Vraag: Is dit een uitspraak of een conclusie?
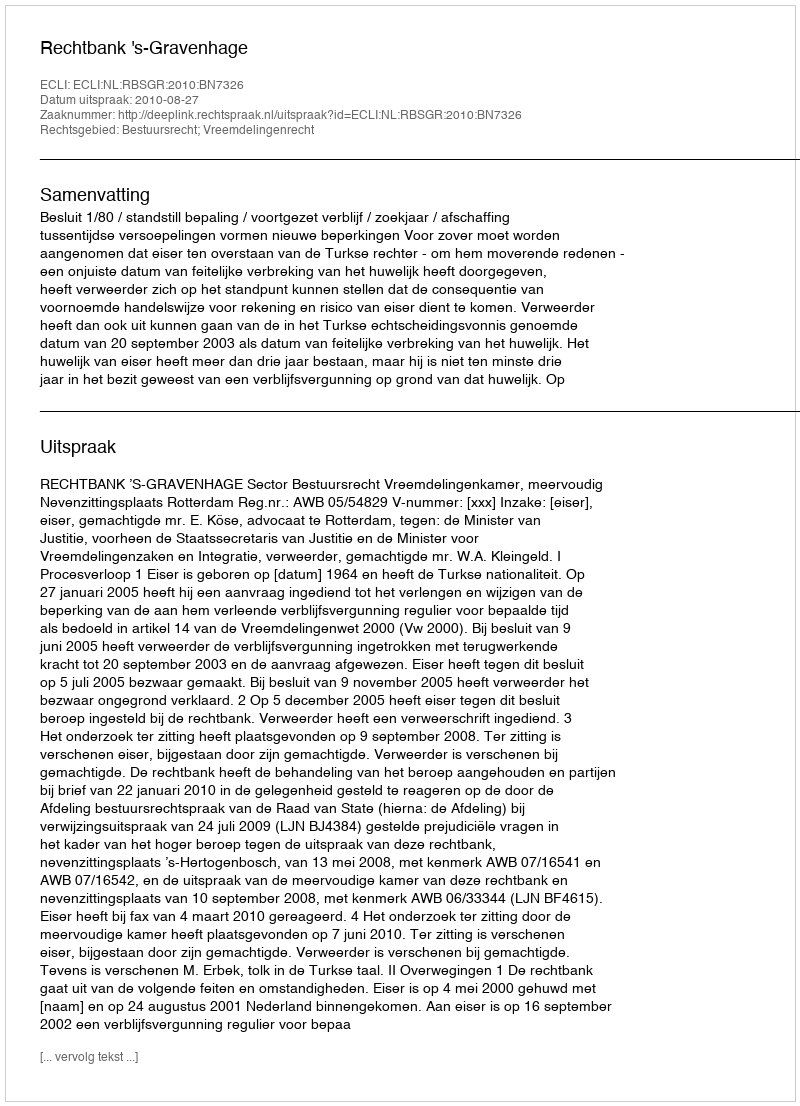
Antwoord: Uitspraak